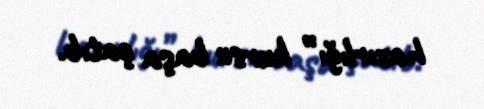
hazırlığı” kursu başa çatıb.